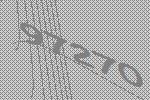
97270